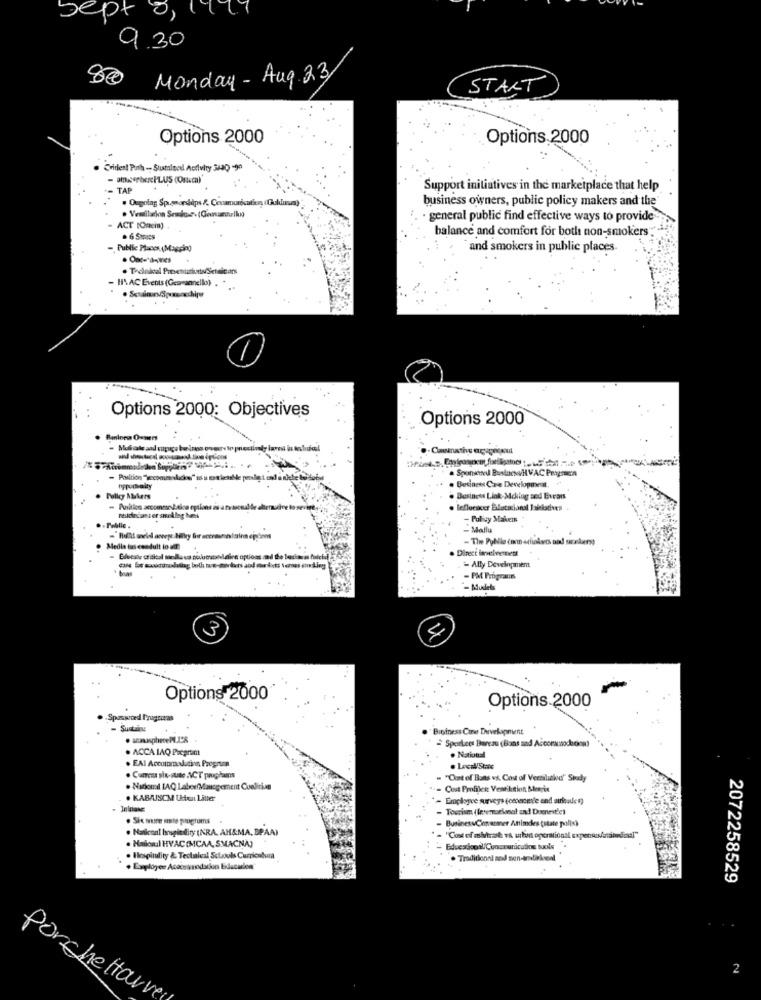
sept
9.30
80 Monday - Aug 23
START
Options 2000
Options.2000
Crident Puth - Sustalare Activity 50409
TAP
Support initiatives in the marketplace that help
· Ougoing Spspordips & Cenamurócation (Guldasm)
business owners, public policy makers and the
. Ventilasjon Seudois. (Conamrika
general public find effective ways to provide-
ACT [Onein)
balance and comfort for both non-smokers:"
- Public Places (Maggio)
and smokers in public places.
. Ox-dames
HVAC Events (Gesrannello) . .
Options 2000: Objectives
Options 2000
Baninew Owners
- Muhale and capiçı bains powers to proctin
. Sponsored BustocsvHVAC Pergreen
bypodaity
. Business Cre Development.
Policy Niers
. Business Link Mcking sed Evrans
Residedass er stokleg Net
- Pulivy Makers
Public.
- Mallu
Medie tus condult to aff
Direct invelvetnett
- Ally Developmem
- PM Program
- Models
3
Options 2000
Options.2000
-Spaswned Prugcon
- Sustain
Business Core Development
Sporkees Bureau (Bans and Accoranochcion
. ACCA IAQ Program
. EAl Accommodation Progrunn
. National
· Cumes six-state ACT programs
"Cent of Bons vý, Cost of Vertiluckyd" Study
. Nadomd LAQ Labor(Mauegement Coalition
Cost Profiles Ventilcion Mler ix
. KABUISCM Utoni Litter
Tourism (Internacional and Domestic)
. Six mune ste pmigrums
BusinessConaraner Attimes (state polis)
. Naticoal hrspiedity (NRA. AH&MA, BPAA)
"Cost of mivtrash vs urtin opcraticoal experi
. Muiondl HVAC (MCAA, SMACNA)
Hespindity & Technical Sctools Curricodura
. Traditional med sen-andtirkenl
. Exployes Acaoniodacion Educales
2072258529
2
Porchettauv